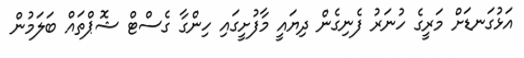
އަޅުގަނޑަށް މަރީގެ ހުނަރު ފެނިގެން ދިޔައީ މާފުށީގައި ހިންގާ ގެސްޓް ޝޮޕްތައް ބަލަމުން